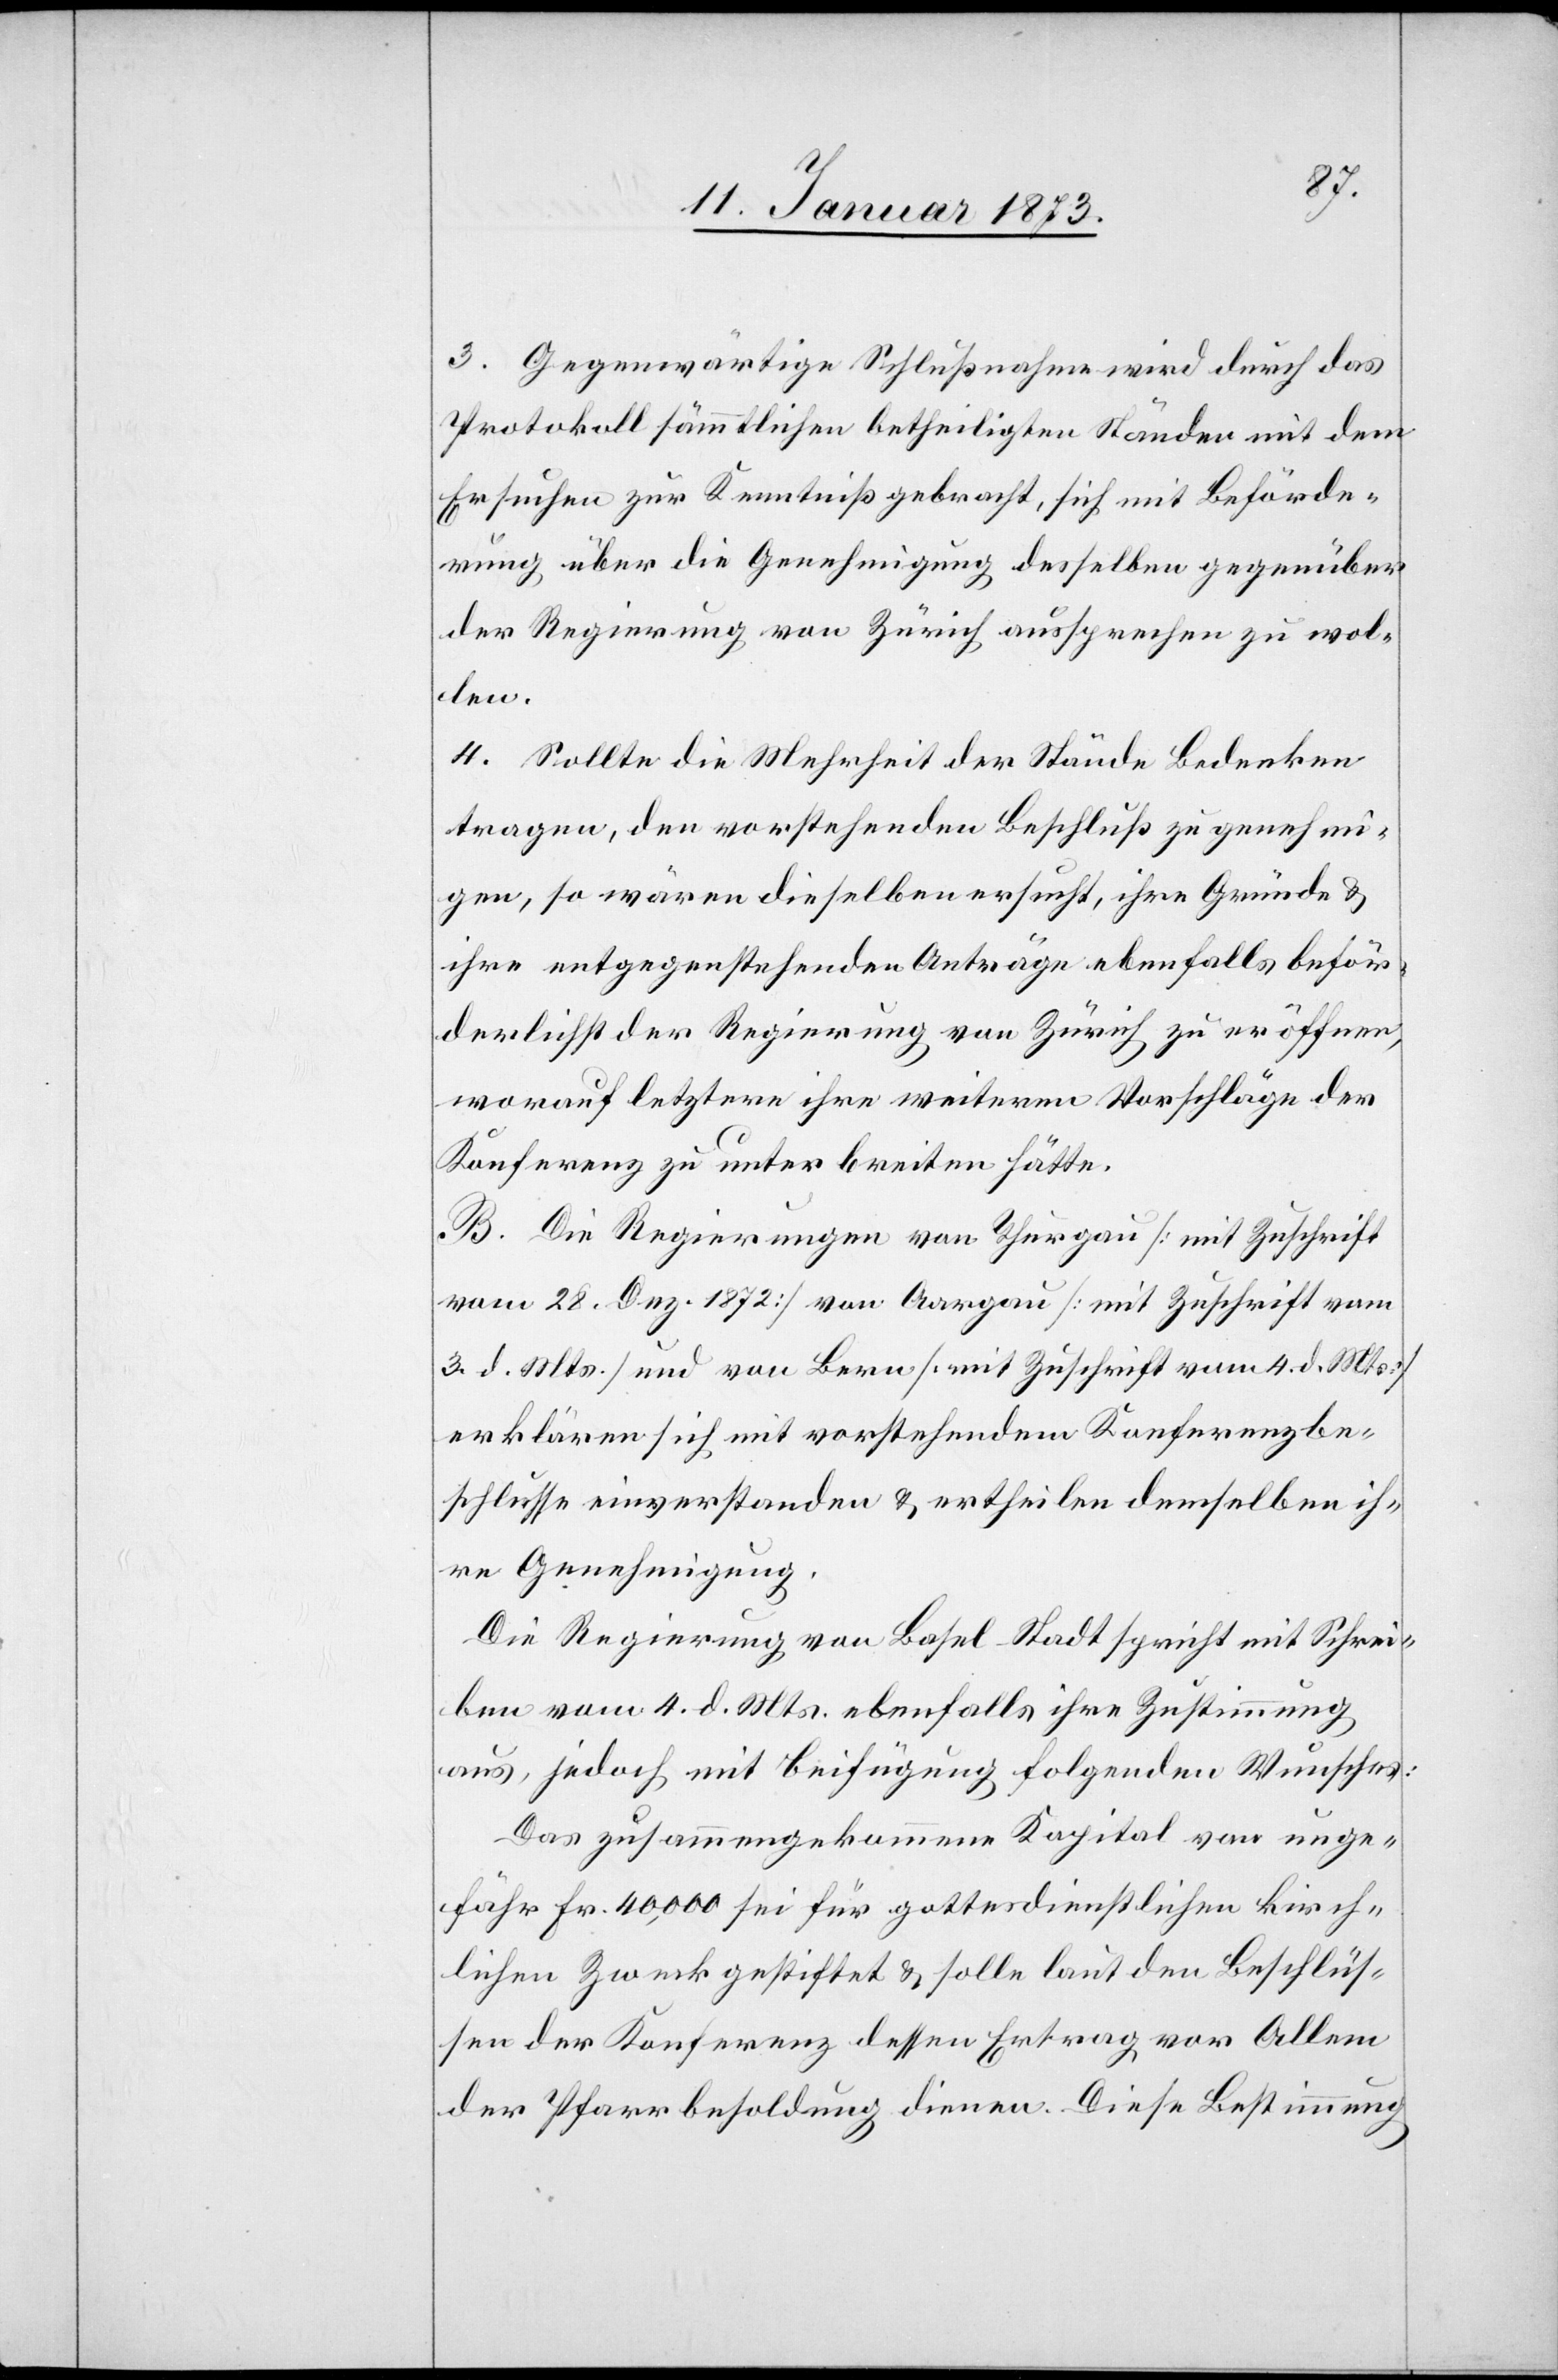
3. Gegenwärtige Schlußnahme wird durch das
Protokoll sämmtlichen betheiligten Ständen mit dem
Ersuchen zur Kenntniß gebracht, sich mit Beförde¬
rung über die Genehmigung desselben gegenüber
der Regierung von Zürich aussprechen zu wol¬
len.
4. Sollte die Mehrheit der Stände Bedenken
tragen, den vorstehenden Beschluß zu genehmi¬
gen, so wären dieselben ersucht, ihre Gründe &
ihre entgegenstehenden Anträge ebenfalls beför¬
derlichst der Regierung von Zürich zu eröffnen,
worauf letztere ihre weiteren Vorschläge der
Konferenz zu unterbreiten hätte.
B. Die Regierungen von Thurgau [mit Zuschrift
vom 28. Dez. 1872][,] von Aargau [mit Zuschrift vom
3. d. Mts.] und von Bern [mit Zuschrift vom 4. d. Mts]
erklären sich mit vorstehendem Konferenzbe¬
schlusse einverstanden & ertheilen demselben ih¬
re Genehmigung.
Die Regierung von Basel-Stadt spricht mit Schrei¬
ben vom 4. d. Mts. ebenfalls ihre Zustimmung
aus, jedoch mit Beifügung folgenden Wunsches:
Das zusammengekommene Kapital von unge¬
fähr Fr. 40,000 sei für gottesdienstlichen kirch¬
lichen Zweck gestiftet & solle laut den Beschlüs¬
sen der Konferenz dessen Ertrag vor Allem
der Pfarrbesoldung dienen. Diese Bestimmung